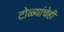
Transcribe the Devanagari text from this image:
टोळ्यांचेही